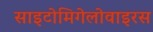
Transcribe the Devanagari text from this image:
साइटोमिगेलोवाइरस